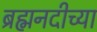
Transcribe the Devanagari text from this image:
ब्रह्मनदीच्या